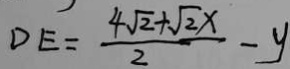
D E = \frac { 4 \sqrt { 2 } + \sqrt { 2 } x } { 2 } - y